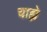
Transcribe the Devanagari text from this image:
चाह्ये